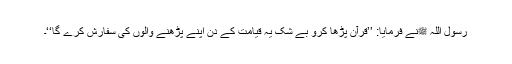
رسول اللہ ﷺنے فرمایا: ’’قرآن پڑھا کرو بے شک یہ قیامت کے دن اپنے پڑھنے والوں کی سفارش کرے گا‘‘۔